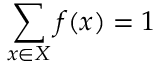
\sum _ { x \in X } f ( x ) = 1